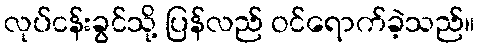
လုပ်ငန်းခွင်သို့ ပြန်လည် ဝင်ရောက်ခဲ့သည်။